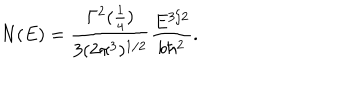
N ( E ) = { \frac { \Gamma ^ { 2 } ( { \frac { 1 } { 4 } } ) } { 3 ( 2 \pi ^ { 3 } ) ^ { 1 / 2 } } } { \frac { E ^ { 3 / 2 } } { b \hbar ^ { 2 } } } .